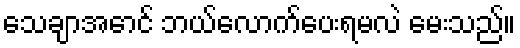
သေချာအောင် ဘယ်လောက်ပေးရမလဲ မေးသည်။